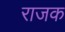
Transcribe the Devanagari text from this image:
राजक